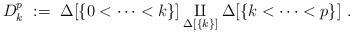
LaTeX: \begin{align*}D^p_k~:=~\Delta[\{0<\dots<k\}]\underset{\Delta[\{k\}]}\amalg \Delta[\{k<\dots<p\}]~.\end{align*}